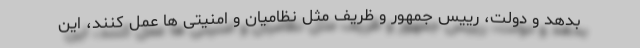
بدهد و دولت، رییس جمهور و ظریف مثل نظامیان و امنیتی ها عمل کنند، این